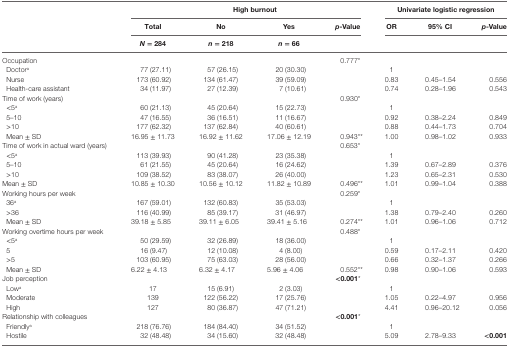
<table><thead><tr><td></td><td colspan="4"><b>High burnout</b></td><td colspan="3"><b>Univariate logistic regression</b></td></tr><tr><td rowspan="3"></td><td><b>Total</b></td><td><b>No</b></td><td><b>Yes</b></td><td><b><i>p</i>-Value</b></td><td><b>OR</b></td><td><b>95% CI</b></td><td><b><i>p</i>-Value</b></td></tr><tr><td><b><i>N</i> = 284</b></td><td><b><i>n</i> = 218</b></td><td><b><i>n</i> = 66</b></td><td></td><td></td><td></td><td></td></tr></thead><tbody><tr><td>Occupation</td><td></td><td></td><td></td><td>0.777*</td><td></td><td></td><td></td></tr><tr><td> Doctor<sup>a</sup></td><td>77 (27.11)</td><td>57 (26.15)</td><td>20 (30.30)</td><td></td><td>1</td><td></td><td></td></tr><tr><td> Nurse</td><td>173 (60.92)</td><td>134 (61.47)</td><td>39 (59.09)</td><td></td><td>0.83</td><td>0.45–1.54</td><td>0.556</td></tr><tr><td> Health-care assistant</td><td>34 (11.97)</td><td>27 (12.39)</td><td>7 (10.61)</td><td></td><td>0.74</td><td>0.28–1.96</td><td>0.543</td></tr><tr><td>Time of work (years)</td><td></td><td></td><td></td><td>0.930*</td><td></td><td></td><td></td></tr><tr><td> &lt;5<sup>a</sup></td><td>60 (21.13)</td><td>45 (20.64)</td><td>15 (22.73)</td><td></td><td>1</td><td></td><td></td></tr><tr><td> 5–10</td><td>47 (16.55)</td><td>36 (16.51)</td><td>11 (16.67)</td><td></td><td>0.92</td><td>0.38–2.24</td><td>0.849</td></tr><tr><td> &gt;10</td><td>177 (62.32)</td><td>137 (62.84)</td><td>40 (60.61)</td><td></td><td>0.88</td><td>0.44–1.73</td><td>0.704</td></tr><tr><td> Mean ± SD</td><td>16.95 ± 11.73</td><td>16.92 ± 11.62</td><td>17.06 ± 12.19</td><td>0.943**</td><td>1.00</td><td>0.98–1.02</td><td>0.933</td></tr><tr><td>Time of work in actual ward (years)</td><td></td><td></td><td></td><td>0.653*</td><td></td><td></td><td></td></tr><tr><td> &lt;5<sup>a</sup></td><td>113 (39.93)</td><td>90 (41.28)</td><td>23 (35.38)</td><td></td><td>1</td><td></td><td></td></tr><tr><td> 5–10</td><td>61 (21.55)</td><td>45 (20.64)</td><td>16 (24.62)</td><td></td><td>1.39</td><td>0.67–2.89</td><td>0.376</td></tr><tr><td> &gt;10</td><td>109 (38.52)</td><td>83 (38.07)</td><td>26 (40.00)</td><td></td><td>1.23</td><td>0.65–2.31</td><td>0.530</td></tr><tr><td> Mean ± SD</td><td>10.85 ± 10.30</td><td>10.56 ± 10.12</td><td>11.82 ± 10.89</td><td>0.496**</td><td>1.01</td><td>0.99–1.04</td><td>0.388</td></tr><tr><td>Working hours per week</td><td></td><td></td><td></td><td>0.259*</td><td></td><td></td><td></td></tr><tr><td> 36<sup>a</sup></td><td>167 (59.01)</td><td>132 (60.83)</td><td>35 (53.03)</td><td></td><td>1</td><td></td><td></td></tr><tr><td> &gt;36</td><td>116 (40.99)</td><td>85 (39.17)</td><td>31 (46.97)</td><td></td><td>1.38</td><td>0.79–2.40</td><td>0.260</td></tr><tr><td> Mean ± SD</td><td>39.18 ± 5.85</td><td>39.11 ± 6.05</td><td>39.41 ± 5.16</td><td>0.274**</td><td>1.01</td><td>0.96–1.06</td><td>0.712</td></tr><tr><td>Working overtime hours per week</td><td></td><td></td><td></td><td>0.488*</td><td></td><td></td><td></td></tr><tr><td> &lt;5<sup>a</sup></td><td>50 (29.59)</td><td>32 (26.89)</td><td>18 (36.00)</td><td></td><td>1</td><td></td><td></td></tr><tr><td> 5</td><td>16 (9.47)</td><td>12 (10.08)</td><td>4 (8.00)</td><td></td><td>0.59</td><td>0.17–2.11</td><td>0.420</td></tr><tr><td> &gt;5</td><td>103 (60.95)</td><td>75 (63.03)</td><td>28 (56.00)</td><td></td><td>0.66</td><td>0.32–1.37</td><td>0.266</td></tr><tr><td> Mean ± SD</td><td>6.22 ± 4.13</td><td>6.32 ± 4.17</td><td>5.96 ± 4.06</td><td>0.552**</td><td>0.98</td><td>0.90–1.06</td><td>0.593</td></tr><tr><td>Job perception</td><td></td><td></td><td></td><td><b>&lt;0.001</b>*</td><td></td><td></td><td></td></tr><tr><td> Low<sup>a</sup></td><td>17</td><td>15 (6.91)</td><td>2 (3.03)</td><td></td><td>1</td><td></td><td></td></tr><tr><td> Moderate</td><td>139</td><td>122 (56.22)</td><td>17 (25.76)</td><td></td><td>1.05</td><td>0.22–4.97</td><td>0.956</td></tr><tr><td> High</td><td>127</td><td>80 (36.87)</td><td>47 (71.21)</td><td></td><td>4.41</td><td>0.96–20.12</td><td>0.056</td></tr><tr><td>Relationship with colleagues</td><td></td><td></td><td></td><td><b>&lt;0.001</b>*</td><td></td><td></td><td></td></tr><tr><td> Friendly<sup>a</sup></td><td>218 (76.76)</td><td>184 (84.40)</td><td>34 (51.52)</td><td></td><td>1</td><td></td><td></td></tr><tr><td> Hostile</td><td>32 (48.48)</td><td>34 (15.60)</td><td>32 (48.48)</td><td></td><td>5.09</td><td>2.78–9.33</td><td><b>&lt;0.001</b></td></tr></tbody></table>